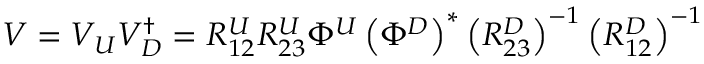
V = V _ { U } V _ { D } ^ { \dagger } = R _ { 1 2 } ^ { U } R _ { 2 3 } ^ { U } \Phi ^ { U } \left( \Phi ^ { D } \right) ^ { \ast } \left( R _ { 2 3 } ^ { D } \right) ^ { - 1 } \left( R _ { 1 2 } ^ { D } \right) ^ { - 1 }